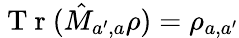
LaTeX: \mathrm{~T~r~}(\hat{M}_{a^{\prime},a}\rho)=\rho_{a,a^{\prime}}